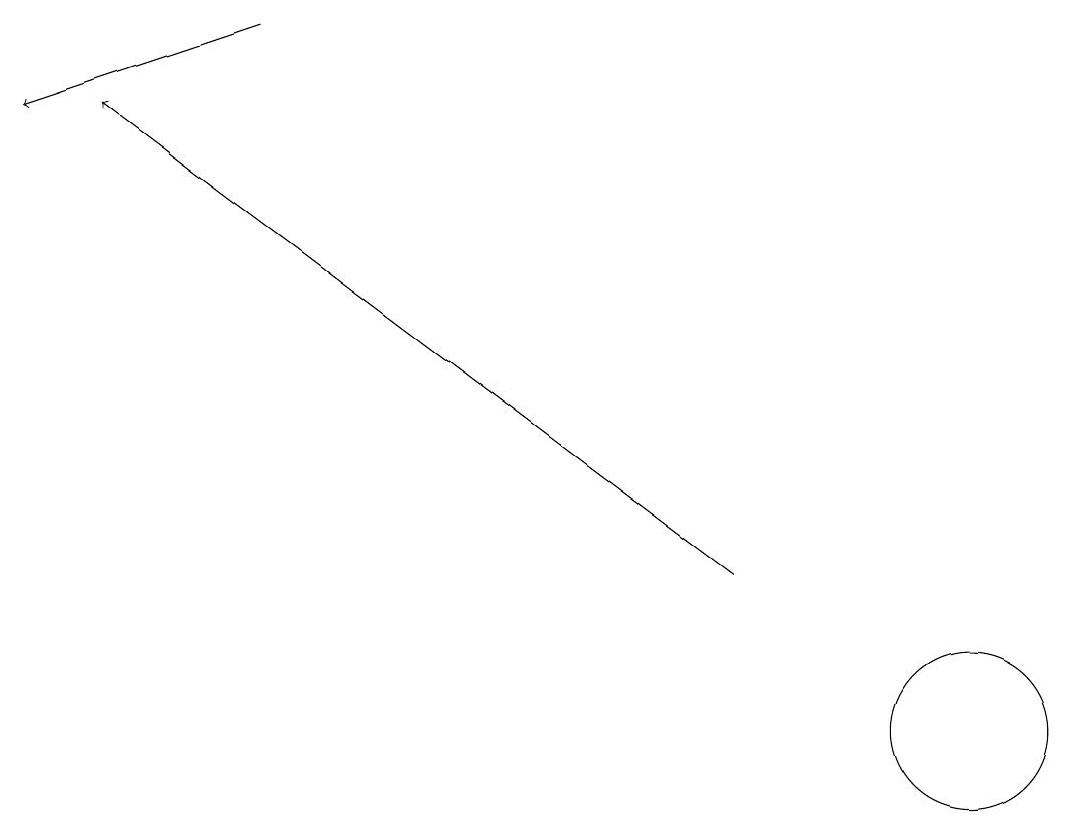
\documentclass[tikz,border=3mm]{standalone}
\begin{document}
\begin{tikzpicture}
\draw (12,10) circle (1);
\draw[->] (9,12) -- (1,18);
\draw[->] (3,19) -- (0,18);
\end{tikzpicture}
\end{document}